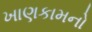
ખાણકામનો